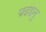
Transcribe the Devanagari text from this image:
पदहनु